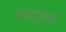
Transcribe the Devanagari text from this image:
सत्तारीच्या